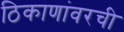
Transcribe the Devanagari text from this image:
ठिकाणांवरची